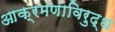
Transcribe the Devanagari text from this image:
आक्रमणाविरुद्ध